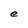
Character: e